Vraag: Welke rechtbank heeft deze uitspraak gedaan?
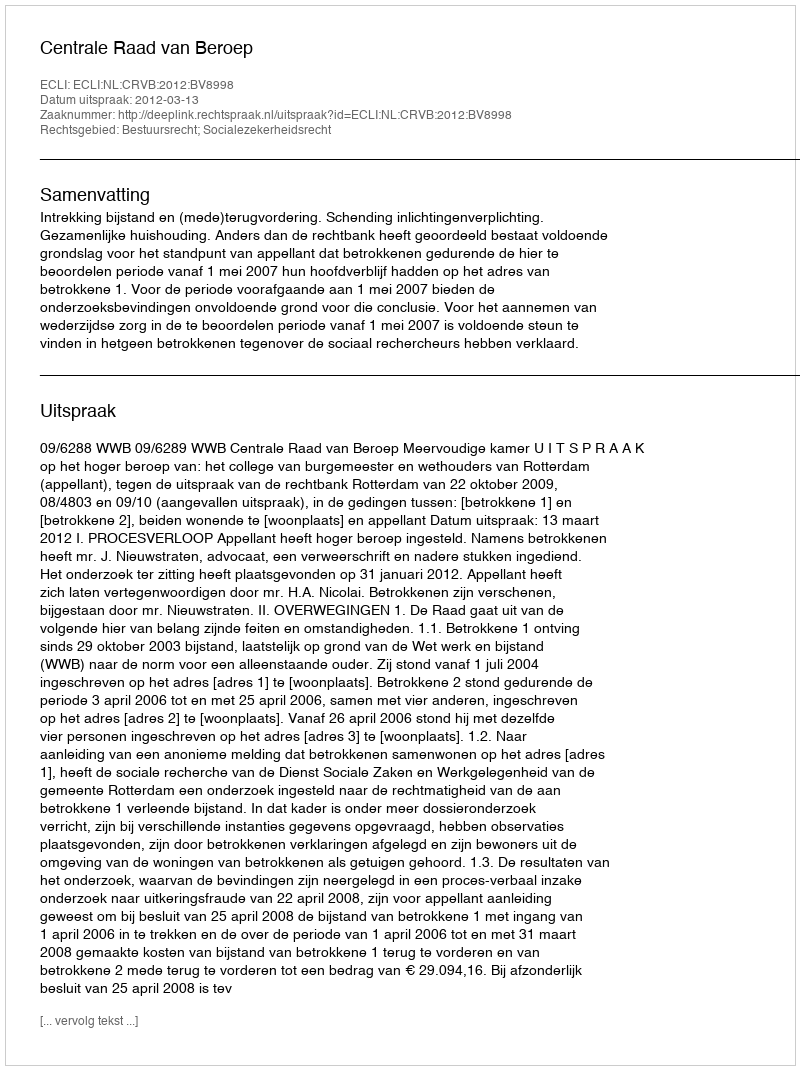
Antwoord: Centrale Raad van Beroep